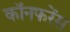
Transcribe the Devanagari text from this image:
कॉनफरेंस